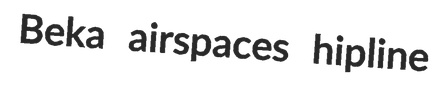
Beka airspaces hipline